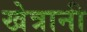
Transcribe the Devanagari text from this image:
खेत्रानी